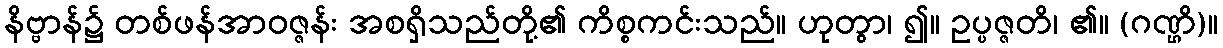
နိဗ္ဗာန်၌ တစ်ဖန်အာဝဇ္ဇန်း အစရှိသည်တို့၏ ကိစ္စကင်းသည်။ ဟုတွာ၊ ၍။ ဥပ္ပဇ္ဇတိ၊ ၏။ (ဂဏ္ဌိ)။